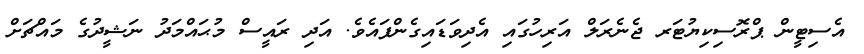
އެސިޓީން ޕްރޮސިކިޔުޓަރ ޖެނެރަލް އަރިހުގައި އެދިވަޑައިގެންފައެވެ. އަދި ރައީސް މުޙައްމަދު ނަޝީދުގެ މައްޗަށް